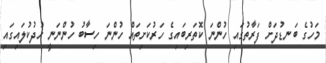
މަހުގެ ބަނޑުދަށް ފަރާތުގައި ހުންނަ ކޮތަރިބައިގެ ހަރުކަށިތައް ހުންނަ ހިސާބު ހުންނަނީ ހުދުކުލައިގައި